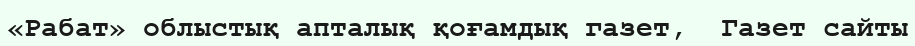
«Рабат» облыстық апталық қоғамдық газет,  Газет сайты